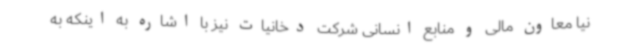
نیا معاون مالی و منابع انسانی شرکت دخانیات نیز با اشاره به اینکه به